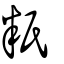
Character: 䉻